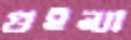
গুইন্যা